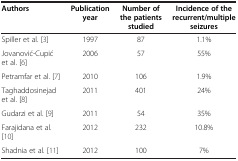
| Authors | Publication year | Number of the patients studied | Incidence of the recurrent/multiple seizures |
 | --- | --- | --- | --- |
 | Spiller et al. [3] | 1997 | 87 | 1.1% |
 | Jovanović-Cupić et al. [6] | 2006 | 57 | 55% |
 | Petramfar et al. [7] | 2010 | 106 | 1.9% |
 | Taghaddosinejad et al. [8] | 2011 | 401 | 24% |
 | Gudarzi et al. [9] | 2011 | 54 | 35% |
 | Farajidana et al. [10] | 2012 | 232 | 10.8% |
 | Shadnia et al. [11] | 2012 | 100 | 7% |